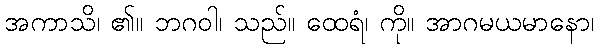
အကာသိ၊ ၏။ ဘဂဝါ၊ သည်။ ထေရံ၊ ကို။ အာဂမယမာနော၊